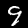
Digit: 9